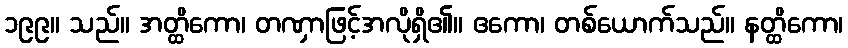
၁၉၉။ သည်။ အတ္ထိကော၊ တဏှာဖြင့်အလိုရှိ၏။ ဧကော၊ တစ်ယောက်သည်။ နတ္ထိကော၊